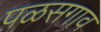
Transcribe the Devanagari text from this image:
पळसगाव